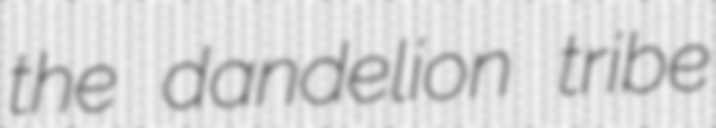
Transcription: the dandelion tribe